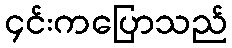
၄င်းကပြောသည်